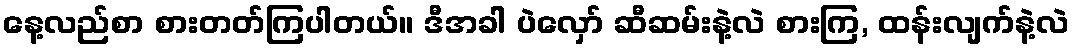
နေ့လည်စာ စားတတ်ကြပါတယ်။ ဒီအခါ ပဲလှော် ဆီဆမ်းနဲ့လဲ စားကြ, ထန်းလျက်နဲ့လဲ